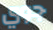
جوي